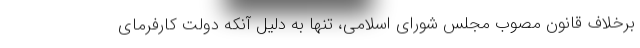
برخلاف قانون مصوب مجلس شورای اسلامی، تنها به دلیل آنکه دولت کارفرمای